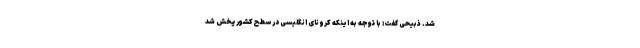
شد. ذبیحی گفت: با توجه به اینکه کرونای انگلیسی در سطح کشور پخش شد